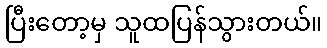
ပြီးတော့မှ သူထပြန်သွားတယ်။